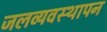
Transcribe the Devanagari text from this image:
जलव्यवस्थापन